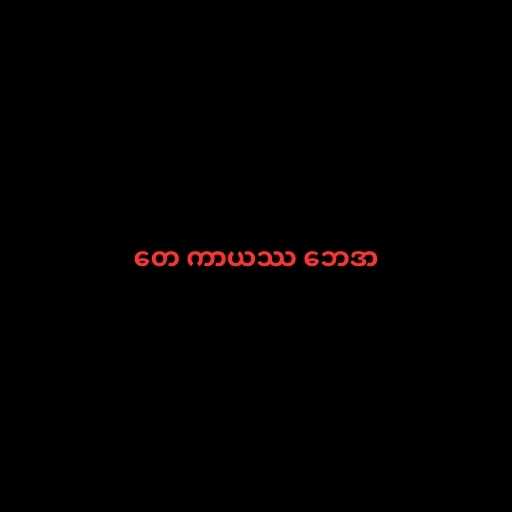
တေ ကာယဿ ဘေဒာ